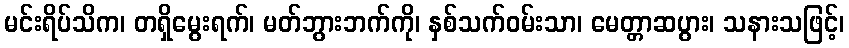
မင်းရိပ်သိက၊ တရှိမွေးရက်၊ မတ်ဘွားဘက်ကို၊ နှစ်သက်ဝမ်းသာ၊ မေတ္တာဆပွား၊ သနားသဖြင့်၊